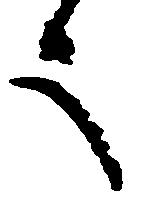
言